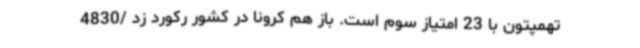
تهمپتون با 23 امتیاز سوم است. باز هم کرونا در کشور رکورد زد /4830